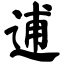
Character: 逋